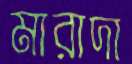
মারাদা